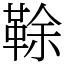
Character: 䩣